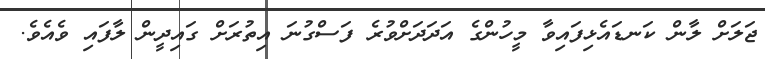
ޖަލަށް ލާން ކަނޑައެޅިފައިވާ މީހުންގެ އަދަދަށްވުރެ ފަސްގުނަ އިތުރަށް ގައިދީން ލާފައި ވެއެވެ.